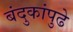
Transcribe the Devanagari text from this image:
बंदुकांपुढे